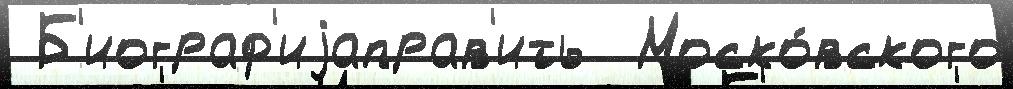
 Б'иограф'иjаправ'ить  Моско́вского